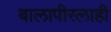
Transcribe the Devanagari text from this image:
बालापीरलाही